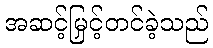
အဆင့်မြှင့်တင်ခဲ့သည်